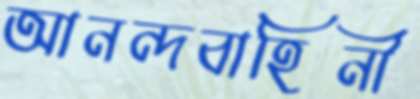
আনন্দবাহিনী